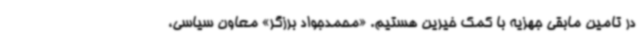
در تامین مابقی جهزیه با کمک خیرین هستیم. «محمدجواد برزگر» معاون سیاسی،